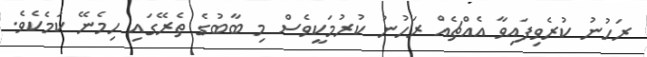
ރަހުނު ކުރެވިފައިވާ އެއްޗެއް ރަހުނު ކުރުމަކީވެސް މި ބާބުގެ ތެރޭގައި ހިމެނޭ ކަމެކެވެ.